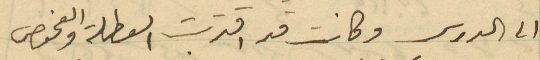
الى الدرس وكانت قد اقتربت العطلة والفحوص